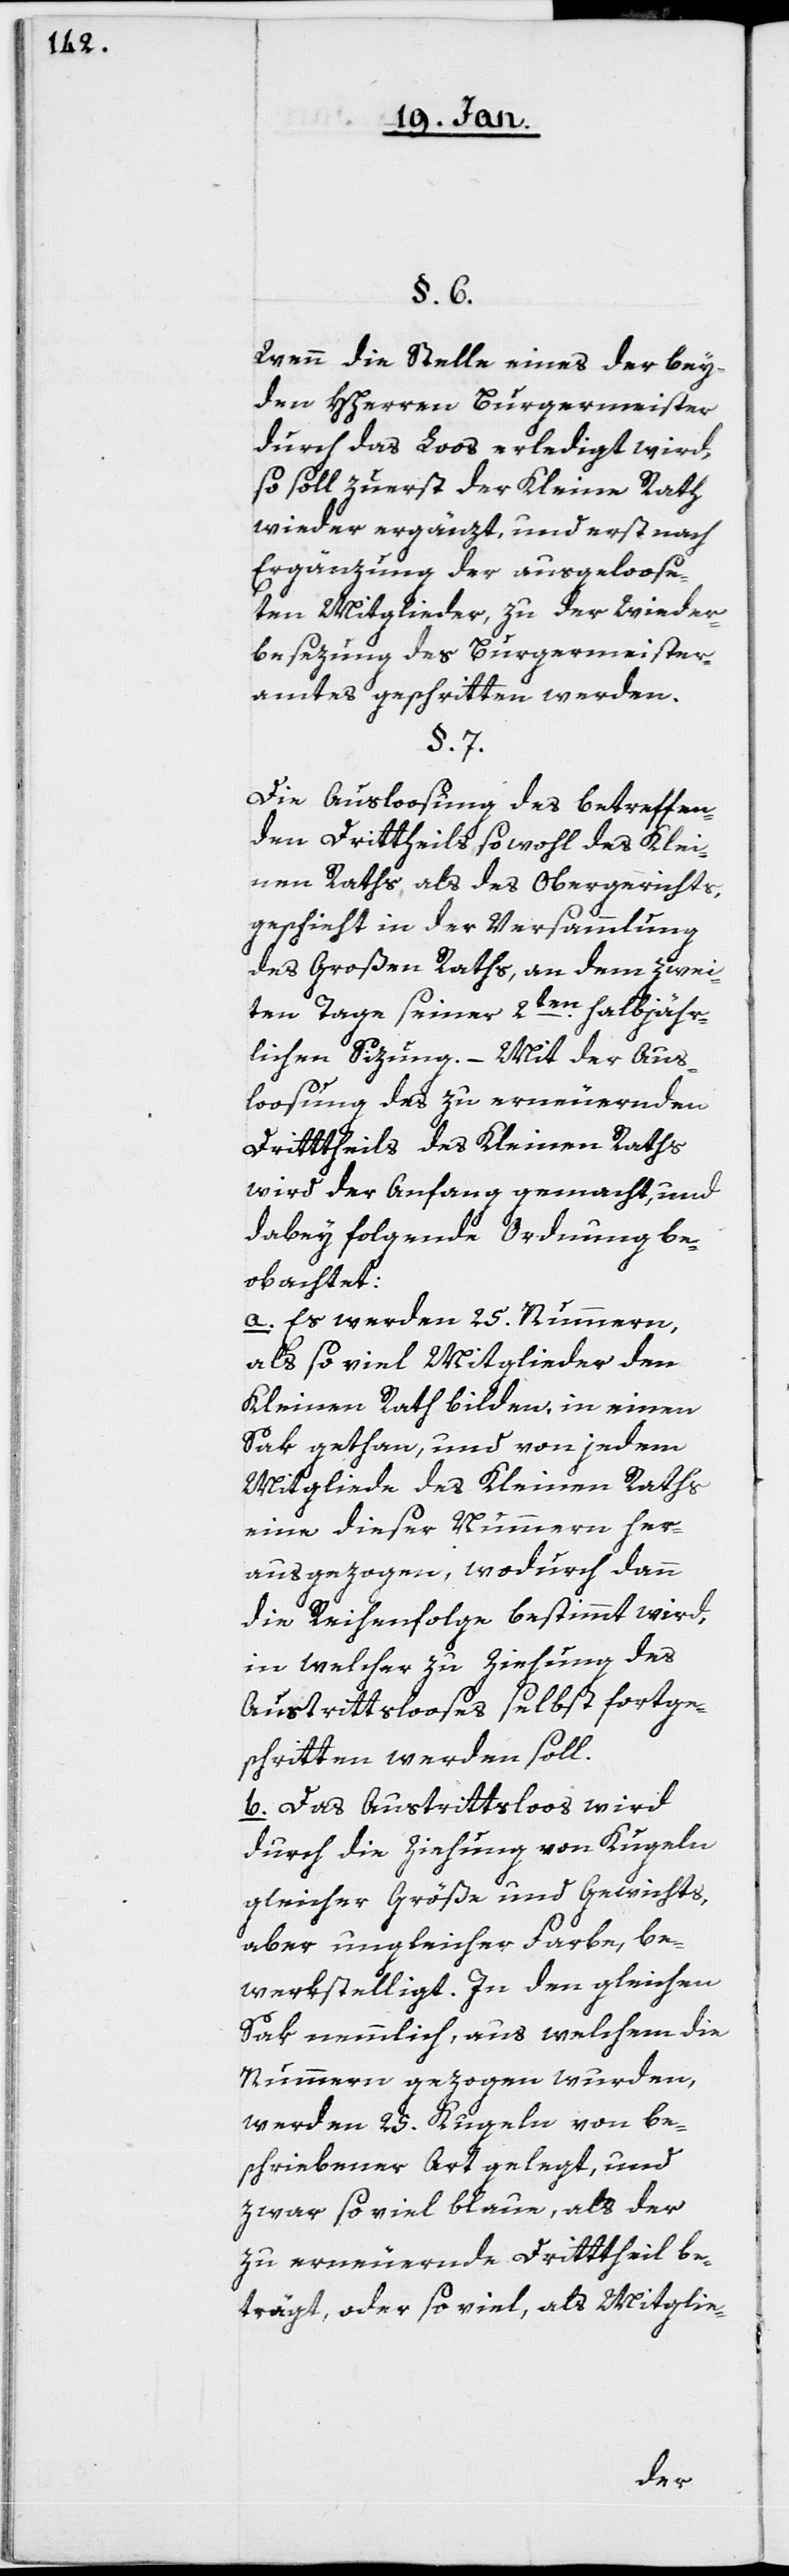
§. 6.
Wenn die Stelle eines der bey¬
den HHerren Burgermeister
durch das Loos erledigt wird,
so soll zuerst der Kleine Rath
wieder ergänzt, und erst nach
Ergänzung der ausgeloose¬
ten Mitglieder zu der Wieder¬
besezung des Burgermeister¬
amtes geschritten werden.
§. 7.
Die Ausloosung des betreffen¬
den Drittheils, sowohl des Klei¬
nen Raths als des Obergerichts,
geschieht in der Versammlung
des Großen Raths, an dem zwei¬
ten Tage seiner 2ten. halbjähr¬
lichen Sizung. – Mit der Aus¬
loosung des zu erneuernden
Drittheils des Kleinen Raths
wird der Anfang gemacht, und
dabey folgende Ordnung be¬
obachtet:
a. Es werden 25. Nummern,
als so viel Mitglieder den
Kleinen Rath bilden, in einen
Sak gethan, und von jedem
Mitgliede des Kleinen Raths
eine dieser Nummern her¬
ausgezogen, wodurch dann
die Reihenfolge bestimmt wird,
in welcher zu Ziehung des
Austrittslooses selbst fortge¬
schritten werden soll.
b. Das Austrittsloos wird
durch die Ziehung von Kugeln
gleicher Größe und Gewichts,
aber ungleicher Farbe, be¬
werkstelligt. In den gleichen
Sak nemmlich, aus welchem die
Nummern gezogen wurden,
werden 25. Kugeln von be¬
schriebener Art gelegt, und
zwar so viel blaue, als der
zu erneuernde Drittheil be¬
trägt, oder so viel, als Mitglie-